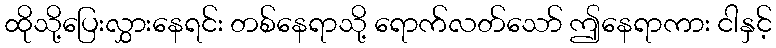
ထိုသို့ပြေးလွှားနေရင်း တစ်နေရာသို့ ရောက်လတ်သော် ဤနေရာကား ငါနှင့်